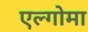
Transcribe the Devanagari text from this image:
एल्गोमा